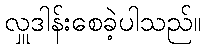
လှူဒါန်းစေခဲ့ပါသည်။